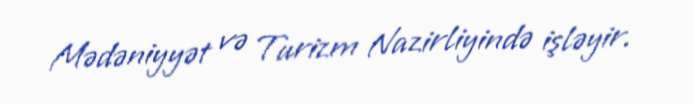
Mədəniyyət və Turizm Nazirliyində işləyir.